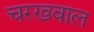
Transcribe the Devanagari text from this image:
चरखवाल